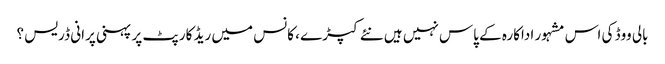
بالی ووڈ کی اس مشہور اداکارہ کے پاس نہیں ہیں نئے کپڑے ، کانس میں ریڈ کارپٹ پر پہنی پرانی ڈریس ؟